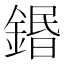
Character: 鍲